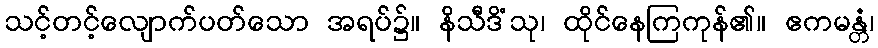
သင့်တင့်လျောက်ပတ်သော အရပ်၌။ နိသီဒိံသု၊ ထိုင်နေကြကုန်၏။ ဧကမန္တံ၊